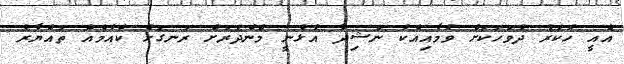
އެއީ ހުކުރު ދުވަހަކަށް ވުމާއިއެކު ނަޝިދާ އުޅުނީ މެންދުރަށް ރަނގަޅު ކެއުމެއް ތައްޔާރު